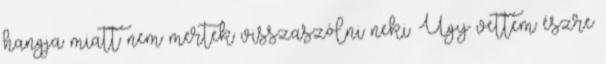
hangja miatt nem mertek visszaszólni neki. Úgy vettem észre